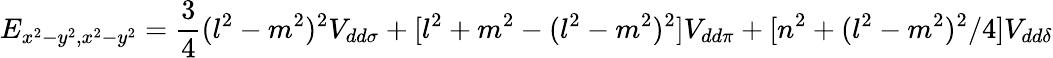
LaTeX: E_{x^{2}-y^{2},x^{2}-y^{2}}={\frac{3}{4}}(l^{2}-m^{2})^{2}V_{dd\sigma}+[l^{2}+m^{2}-(l^{2}-m^{2})^{2}]V_{dd\pi}+[n^{2}+(l^{2}-m^{2})^{2}/4]V_{dd\delta}